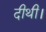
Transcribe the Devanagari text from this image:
दीथी।